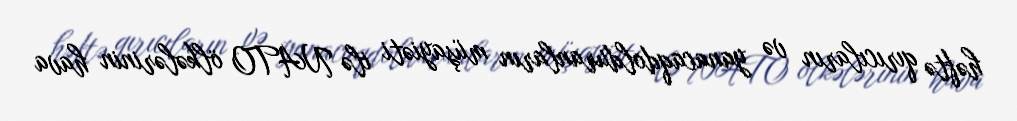
həftə qırıcıların və yanacaqdolduranların müşayiəti ilə NATO ölkələrinin hava